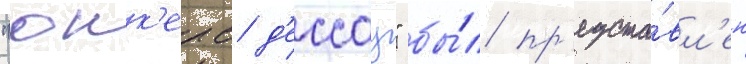
"юнк'ерс д'ессау" бы́л пр'едста́вл'ен